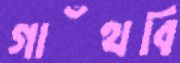
গাঁথবি